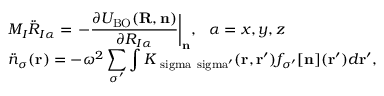
\begin{array} { l } { { \displaystyle M _ { I } { \ddot { R } } _ { I \alpha } = \left. - \frac { \partial { \cal U } _ { \mathrm { B O } } ( { \bf R , n } ) } { \partial R _ { I \alpha } } \right\vert _ { \bf n } } , ~ ~ \alpha = x , y , z \ ~ } \\ { { \displaystyle { \ddot { n } } _ { \sigma } ( { \bf r } ) = - \omega ^ { 2 } \sum _ { \sigma ^ { \prime } } \int K _ { \mathrm { \ s i g m a \ s i g m a ^ { \prime } } } ( { \bf r } , { \bf r ^ { \prime } } ) f _ { \sigma ^ { \prime } } [ { \bf n } ] ( { \bf r ^ { \prime } } ) d { \bf r ^ { \prime } } } , } \end{array}